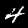
Label: 4